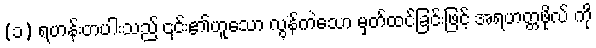
(၁) ရဟန်းတပါးသည် ၎င်း၏ဟူသော လွန်ကဲသော မှတ်ထင်ခြင်းဖြင့် အရဟတ္တဖိုလ် ကို